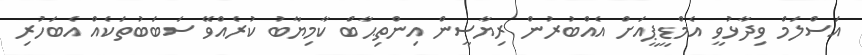
އަސްލަމް ވިދާޅުވީ އެމްޑީޕީއަށް އެއްބުރުން ރިޔާސީން އިންތިޙާބް ކާމިޔާބު ކުރެއްވޭ ސަބަބުތަކެއް އެބަހުރި